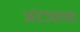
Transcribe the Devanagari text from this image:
अंटालया